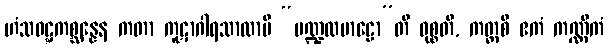
ဟံသဝဋ္ဋကစ္ဆန္နေန ကတာ ကူဋာဂါရသာလာပိ “မဏ္ဍလမာဠော”တိ ဝုစ္စတိ, ကတ္ထစိ ဧကံ ကဏ္ဏိကံ